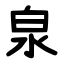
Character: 泉